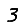
Digit: 3